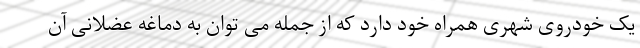
یک خودروی شهری همراه خود دارد که از جمله می توان به دماغه عضلانی آن